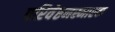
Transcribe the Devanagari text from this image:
परिवेष्ठनस्मारक